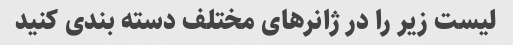
لیست زیر را در ژانرهای مختلف دسته بندی کنید